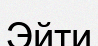
Эйти